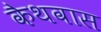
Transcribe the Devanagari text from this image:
कैथवास